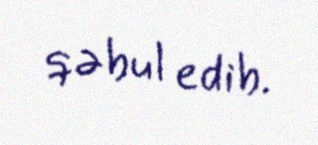
qəbul edib.